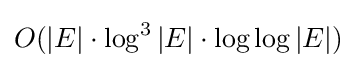
O(|E|\cdot \log ^{3}|E|\cdot \log \log |E|)